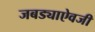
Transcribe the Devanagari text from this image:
जबड्याऐवजी